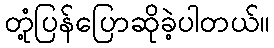
တုံ့ပြန်ပြောဆိုခဲ့ပါတယ်။